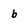
Character: b